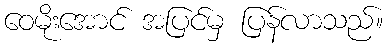
ဝေမိုးအောင် အပြင်မှ ပြန်လာသည်။